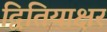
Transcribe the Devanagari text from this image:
द्वितियाक्षर